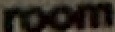
room